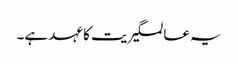
یہ عالمگیریت کا عہد ہے۔